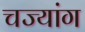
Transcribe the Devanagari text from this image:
चज्यांग